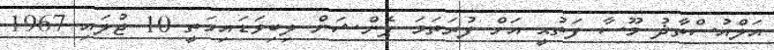
އަލްއުސްތާޛު މޫސާ ފަތުޙީ އަށް ފުރަތަމަ ޕެންޝަން ލިބިވަޑައިގަތީ 10 ޖުލައި 1967